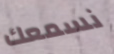
نسمعك